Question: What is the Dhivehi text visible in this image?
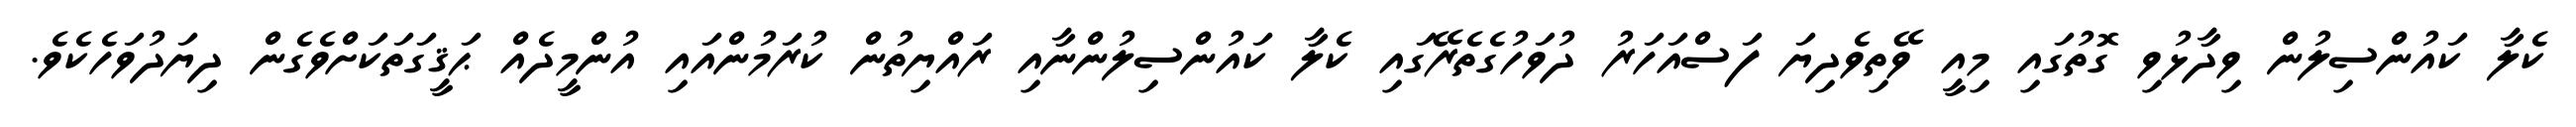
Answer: ކެލާ ކައުންސިލުން ވިދާޅުވި ގޮތުގައި މިއީ ވޭތިވެދިޔަ ފަސްއަހަރު ދުވަހުގެތެރޭގައި ކެލާ ކައުންސިލުންނާއި ރައްޔިތުން ކުރަމުންއައި އުންމީދެއް ޙަޤީގަތަކަށްވެގެން ދިޔަދުވަހެކެވެ.